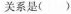
关系是( )